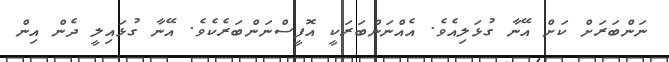
ނަންބަރަށް ކަށް އޭނާ ގުޅަލިއެވެ. އެއްނަންބަރަކީ އޮފީސްނަންބަރެކެވެ. އޭނާ ގުޅައިލީ ދެން އިން